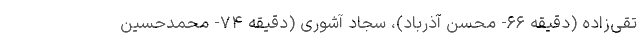
تقی‌زاده (دقیقه ۶۶- محسن آذرباد)، سجاد آشوری (دقیقه ۷۴- محمدحسین